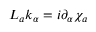
{ \cal L } _ { a } k _ { \alpha } = i \partial _ { \alpha } \chi _ { a }